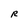
Character: R